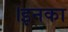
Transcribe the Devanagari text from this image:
।इनका